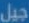
جيل